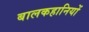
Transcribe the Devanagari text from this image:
बालकहानियों